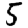
Digit: 5